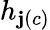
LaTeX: h_{\mathbf{j}(c)}